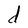
Character: d